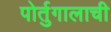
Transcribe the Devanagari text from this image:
पोर्तुगालाची